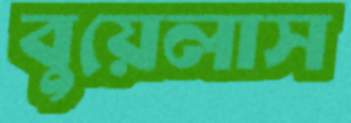
বুয়েলাস